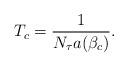
LaTeX: \begin{align*}T_c = {1\over{N_\tau a(\beta_c)}}.\end{align*}